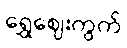
ရွှေဈေးကွက်